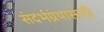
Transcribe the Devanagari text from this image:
संदर्भग्रंथासाठी